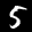
Label: 5